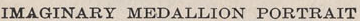
IMAGINARY MEDALLION PORTRAIT